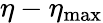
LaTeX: \eta-\eta_{\mathrm{max}}